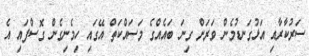
ސަރުކާރާއި އަޅުގަނޑުމެން ވަރަށް ގިނަ ބައެއްގެ މަސައްކަތް އޭގައި ހިމެނިގެން ގޮސްފައި އެ